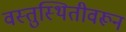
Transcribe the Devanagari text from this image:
वस्तुस्थितीवरून